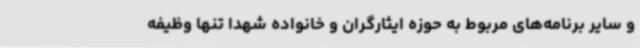
و سایر برنامه‌های مربوط به حوزه ایثارگران و خانواده شهدا تنها وظیفه